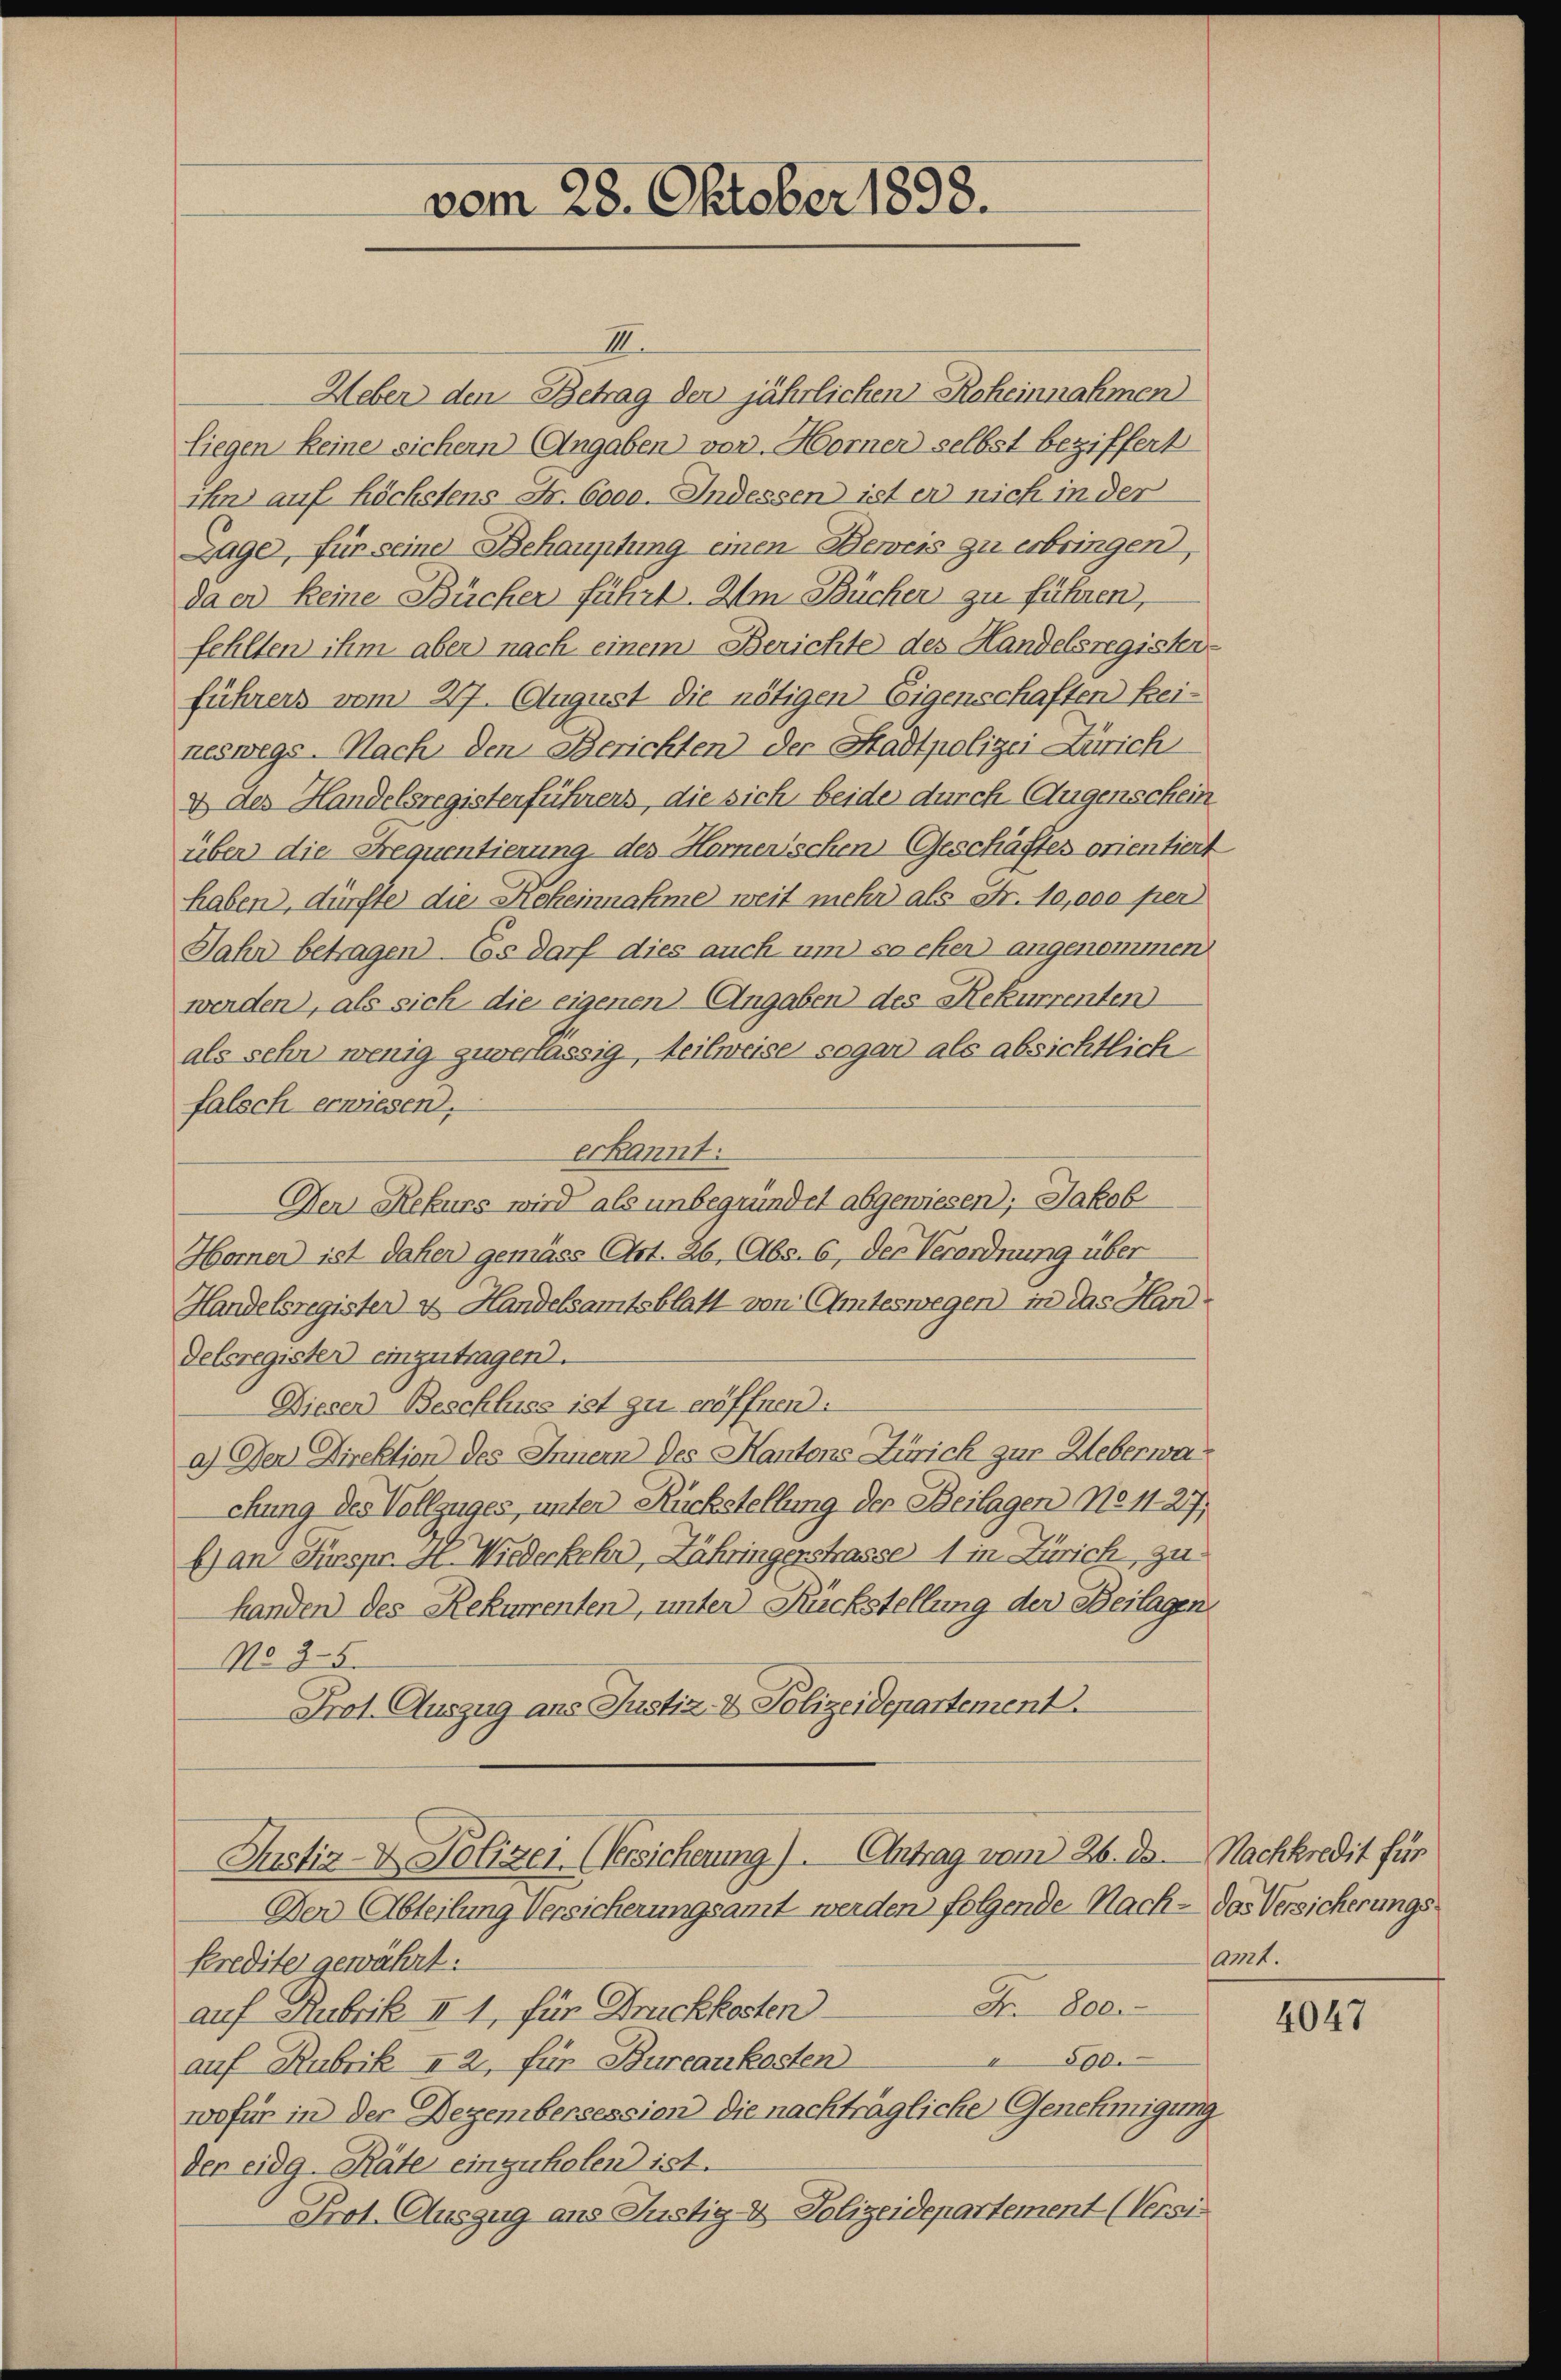
vom 28. Oktober 1858.

III.
Ueber den Betrag der jährlichen Roheinnahmen
liegen keine sichern Angaben vor. Horner selbst beziffert
ihn auf höchstens Fr. 6000. Indessen ist er nich in der
Lage, für seine Behauptung einen Beweis zu erbringen,
da er keine Bücker führt. Um Bücher zu führen,
fehlten ihm aber nach einem Berichte des Handelsregister-
führers vom 27. August die nötigen Eigenschaften kei-
neswegs. Nach den Berichten der Stadtpolizei Zürich
2 des Handelsregisterführers, die sich beide durch Augenschein
über die Frequentierung des Hornerischen Geschäftes orientiert
haben, dürfte die Hoheinnahme weit mehr als Fr. 10,000 per
Jahr betragen. Es darf dies auch um so eher angenommen
werden, als sich die eigenen Angaben des Rekurrenten
als sehr wenig zuverlässig, teilweise sogar als absichtlich
falsch erwiesen.
erkannt:
Der Rekurs wird als unbegründet abgewiesen); Jakob
Horner ist daher gemäss Art. 26, Abs. 6, der Verordnung über
Handelsregisten & Handelsamtsblatt von Amteswegen in das Handelsregister einzutragen.
Dieser Beschluss ist zu eröffnen.
a) Der Direktion des Innern des Kantons Zürich zur Heberwachung des Vollzuges, unter Rückstellung der Beilagen No 11. 217,
E) an Fürspr. H. Wiederkehr, Zähringerstrasse 1 in Zürich, zu
handen des Rekurrenten, unter Rückstellung der Beilagen
No 25.
Prot. Auszug aus Justiz- & Polizeidepartement.
Justiz- & Polizei (Versicherung). Antrag vom 26. ds. Nachkredit für
Der Abteilung Versicherungsamt werden folgende Nach - das Versicherungs¬
Kredite gewährt:
Di 102.
auf Rubrik II 1, für Druckkosten
e
200.
auf Rubrik I 2, für Bureaukosten
wofür in der Dezembersession die nachträgliche Genehmigung
der eidg. Räte einzuholen ist.
Prot. Auszug aus Justiz- & Polizeidepartement (Versi

amt.

4047